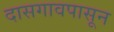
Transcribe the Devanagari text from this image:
दासगावपासून